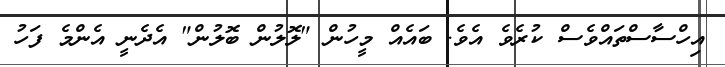
އިހްސާސްތައްވެސް ކުރެވެ އެވެ. ބައެއް މީހުން "ލޮލުން ބޮލުން" އެދެނީ އެންމެ ފަހު